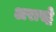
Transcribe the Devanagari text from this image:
अरास्ट्रे